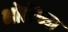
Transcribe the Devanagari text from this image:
भोळेंच्या